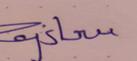
Signature authenticity: genuine